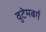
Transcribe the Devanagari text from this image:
वुटेमबर्ग